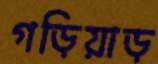
গড়িয়াড়